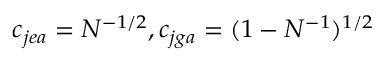
c _ { j e a } = N ^ { - 1 / 2 } , c _ { j g a } = ( 1 - N ^ { - 1 } ) ^ { 1 / 2 }